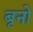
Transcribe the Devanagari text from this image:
बृनो